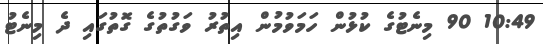
10:49 90 މިނެޓުގެ ކުޅުން ހަމަވުމުން އިތުރު ވަގުތުގެ ގޮތުގައި ދެ މިނެޓު